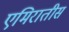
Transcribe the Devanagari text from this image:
एमिरातीस